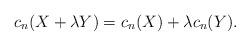
LaTeX: \begin{align*}c_n(X+\lambda Y)=c_n(X)+\lambda c_n(Y).\end{align*}